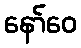
နော်ဝေ